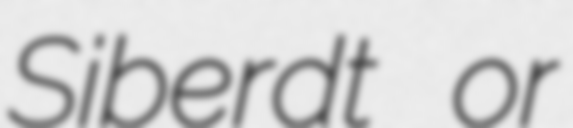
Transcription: Siberdt or